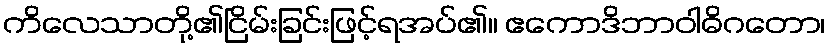
ကိလေသာတို့၏ငြိမ်းခြင်းဖြင့်ရအပ်၏။ ဧကောဒိဘာဝါဓိဂတော၊